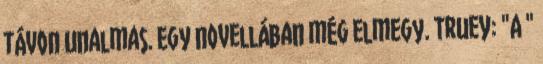
távon unalmas. Egy novellában még elmegy. TrueY: "A "